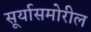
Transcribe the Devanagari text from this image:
सूर्यासमोरील